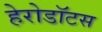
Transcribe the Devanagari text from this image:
हेरोडॉटस